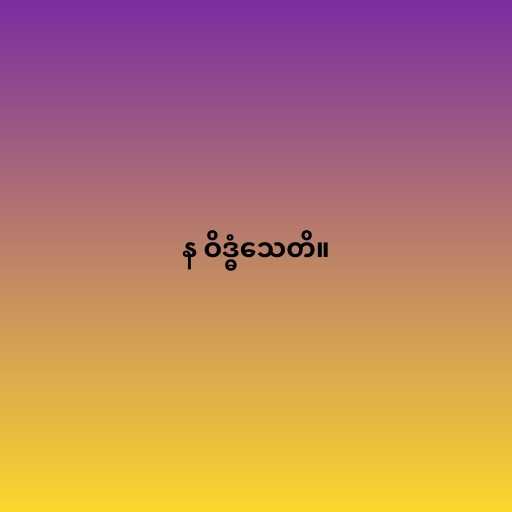
န ဝိဒ္ဓံသေတိ။